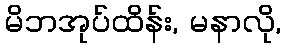
မိဘအုပ်ထိန်း, မနာလို,